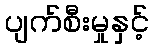
ပျက်စီးမှုနှင့်